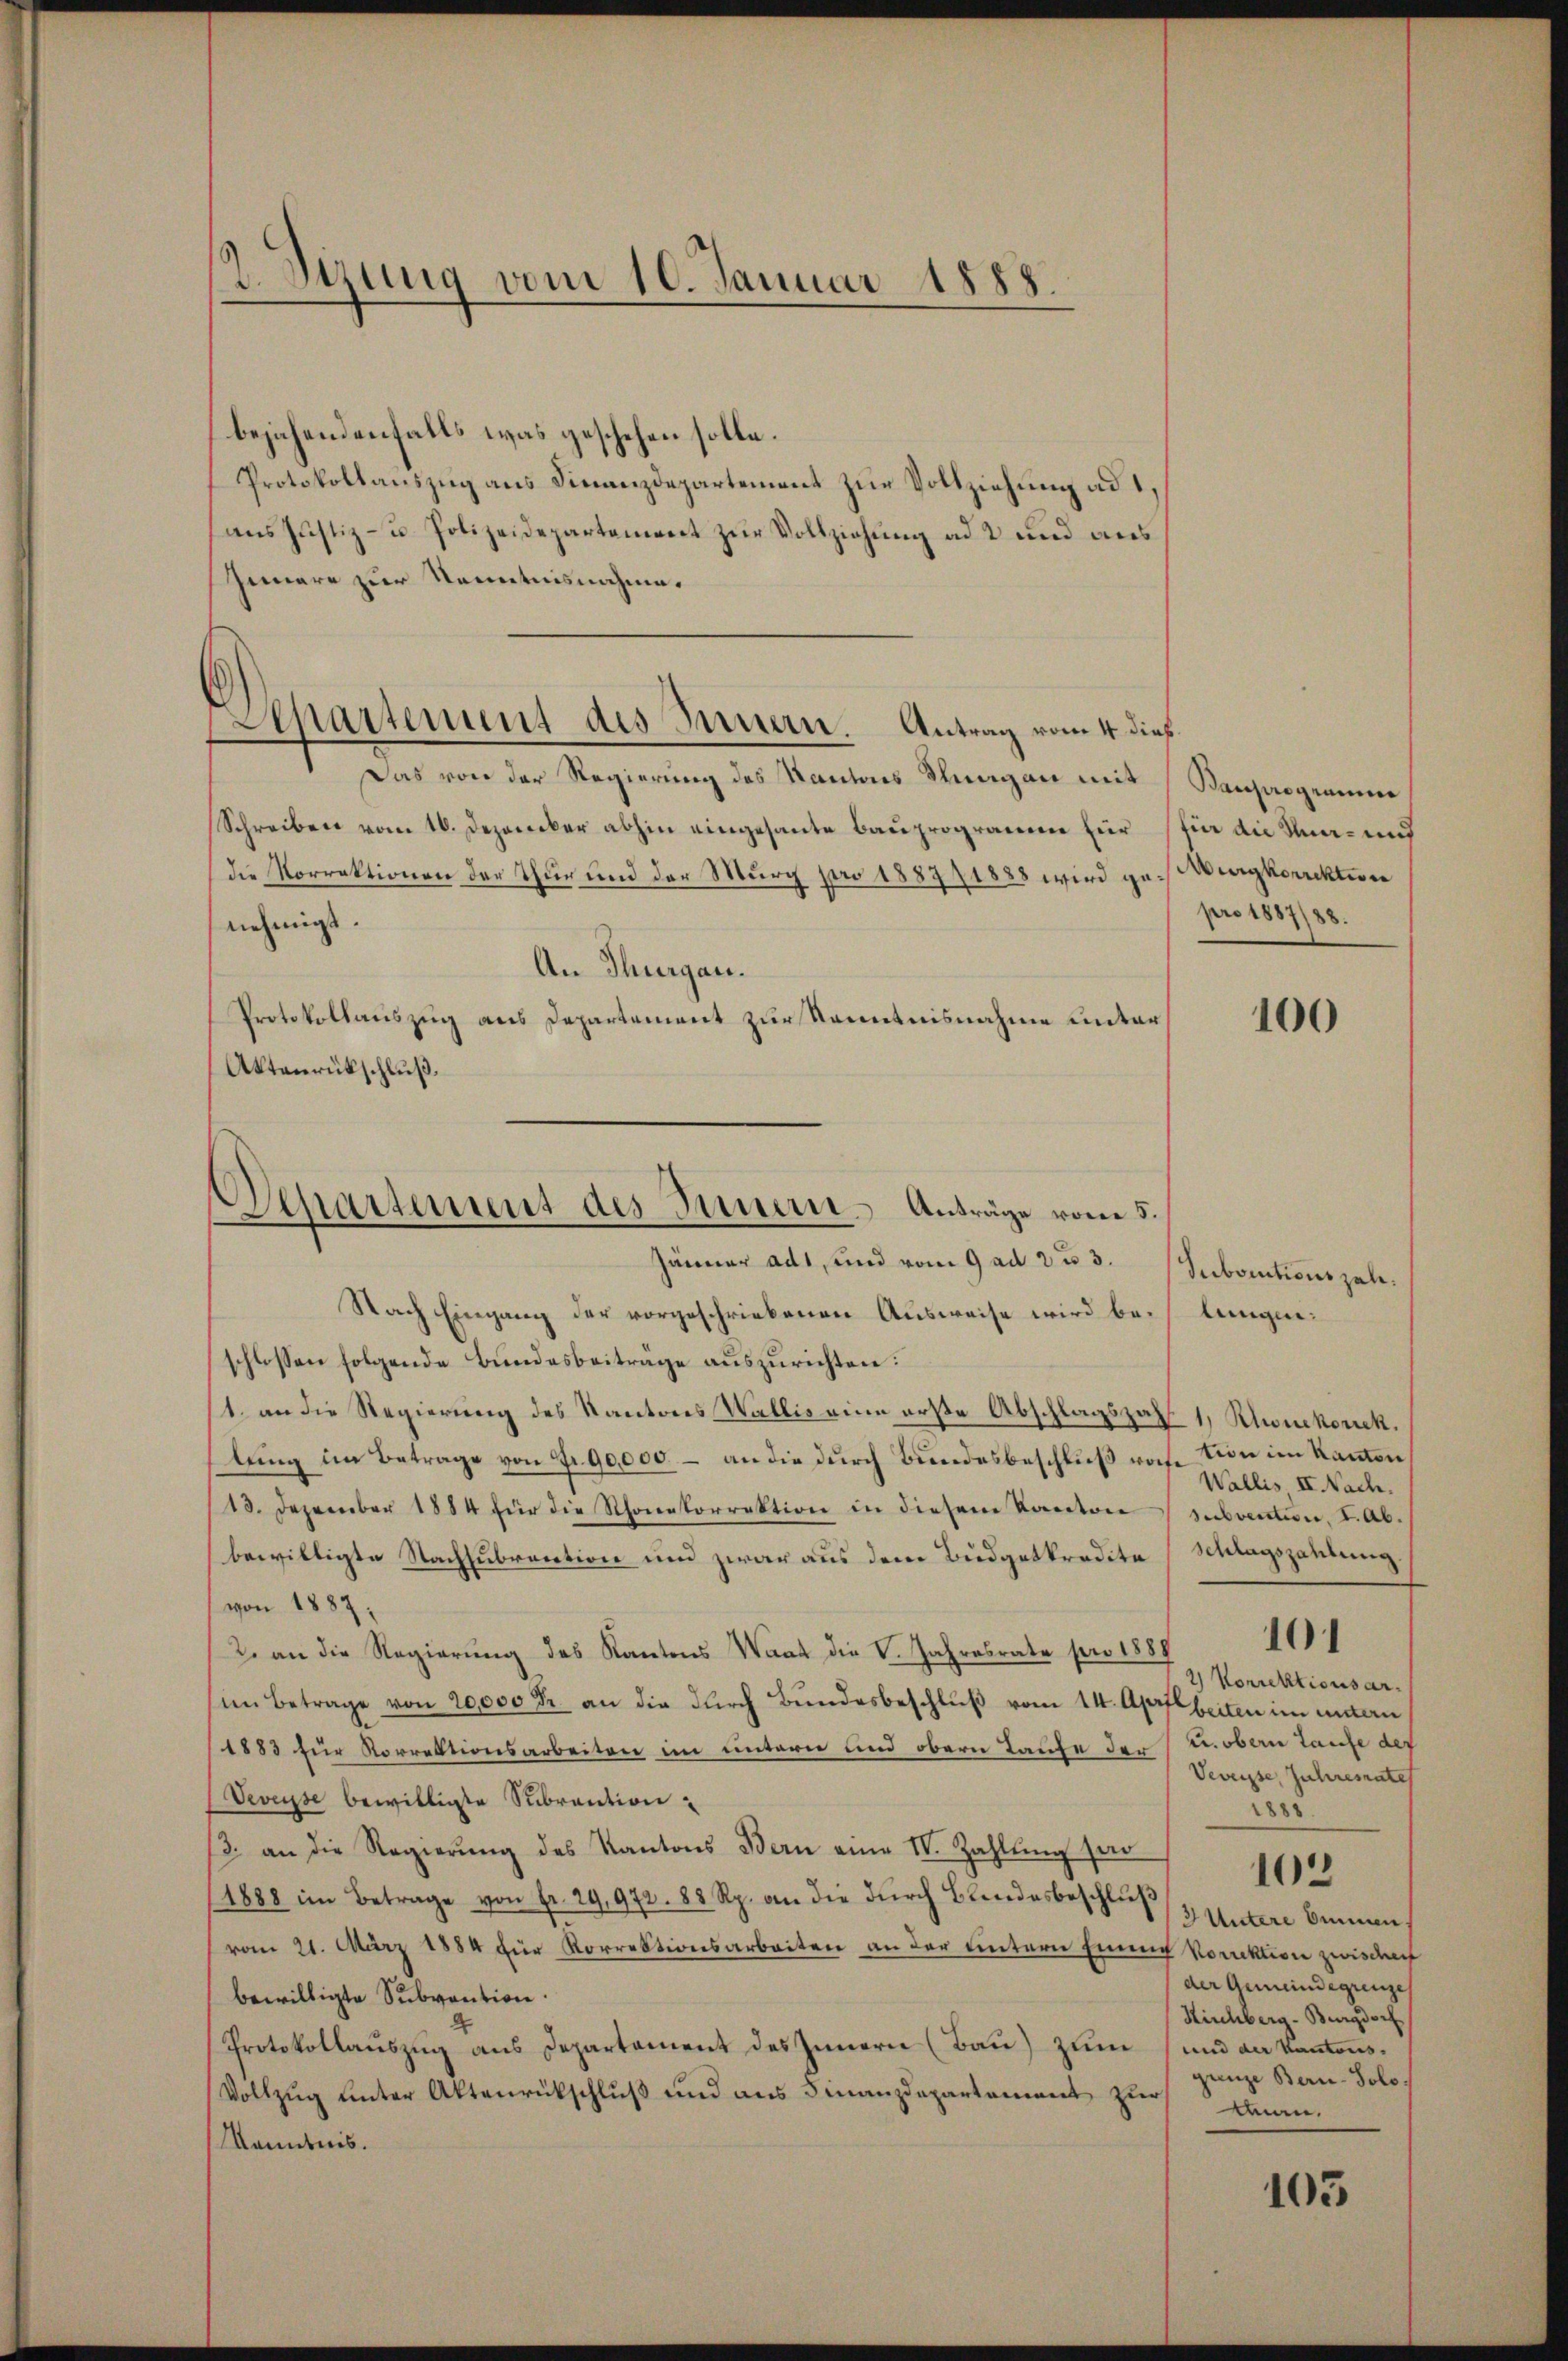
2 Sizung vom 10. Januar 1888.

Separtement des Innern. Antrag vom 4. dieß.

bejahendenfalls was geschehen solle.
Protokollauszug aus Finanzdepartement zur Vollziehung ad 1,
ans Justiz- u. Polizeidepartement zur Vollziehung ad 2 und aus
Gemare zur Kenntnisnahme.
Das von der Regierung des Kantons Stung an mit
Schreiben vom 16. Dezember abhin eingesante Bauprogramm für für die Un- und
die Korrektionen der Thur und der Murg pro 188771888 wird ge-Burgkorrektion
nehmigt.
An Thurgau.
Protokollauszug aus Departement zur Kenntnisnahme unter
Aktenrückschluß.

Departement des Innern Anträge vom 5.
Jänner adt, und vom 9 ad 2 u 3.

Nach Eingang der vorgeschriebenen Ausweise wird beschlossen folgende Bundesbeiträge auszurichten:
1. an die Regierung des Kantons Wallis eine erste Abschlagszahl. 1, Ruckorck.
lung im Betrage von Fr. 90,000 – an die durch Bundesbeschluß rohe Ton im Kanton
13. Dezember 1884 für die Schonetorrektion in diesem Kanton subvention, I. Abbewilligte Nachsubrention und zwar aus dem Büdgetkredite
von 1887;
2. an die Regierung des Kantons Waat die V. Jahresrate pro 1887
im Betrage von 20,000 Fr. an die durch Bundesbeschluß vom 14. Apr beiten im untern
1883 für Korrektionsarbeiten im untern und obern Taufe der u. obern Laufe der
Veveysse, Zuhresrates
Veveyse bewilligte Subrantion
1888.
/3. an die Regierŭng des Kantons Bern eine IV. Zahlŭng sei
102
(1888 im Betrage von fr. 29,972. 88 Rp. an die dŭrch Blendesbeschlŭβ
2 Untere binnen,
vom 21. März 1884 für Korrektionsarbeiten an der untern Eine Vorektion zwisc
der Gemeindegrenze
bewilligte Subvention.
Kirchberg-Burgdorf
Protokollauszug aus Departament des Innern (Bau) zum und der Kantonsganze Bern-Solo¬
Vollzŭg ŭnter Aktenrückschlŭβ und aus Finanzdepartament zur Anm.
Kenntnis.
103

Bauprogramme
pro 1887/88.

100

Subortionsgehe.
tungen:

Wallis II. Nach.
Schlagszahlung.

2) Vorrektionsar¬

101